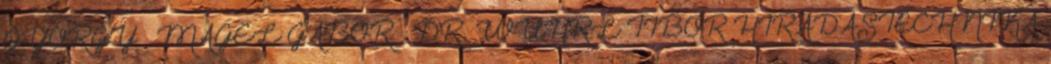
GYÖRGY – MÁGEL GÁBOR – DR. WÜHRL TIBOR HÍRADÁSTECHNIKA